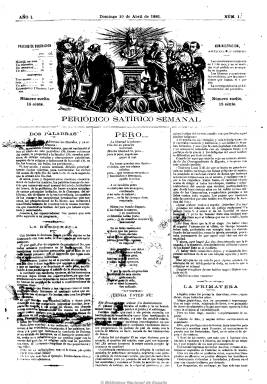
Título: El Motín (Madrid)
Colección: Revistas satíricas y humorísticas || Periódicos
Ámbito geográfico: Madrid
Lugar de publicación: Madrid
Fechas: 10/04/1881-11/09/1926

Aparece con el subtítulo “periódico satírico semanal” el 10 de abril de 1881, al calor de las tímidas medidas liberalizadoras de la prensa a los pocos días de llegar al poder los liberales del Partido Fusionista, convirtiéndose en la revista republicana más importante de la época dorada de la prensa satírica española, así como, junto a Las dominicales del libre pensamiento (1883-1909), de la anticlerical, tal como señala Javier Domingo. En una época de florecimiento de las sociedades masónicas, librepensadoras y laicas, a las que será también afín, criticará la función autoritaria y adormecedora de la propaganda y de las actividades caciquiles eclesiásticas, en palabras de José Álvarez Junco.

Es fundado por el republicano federal y periodista de ideas avanzadas José Nakens (1841-1926), cuyo nombre quedará vinculado al magnicidio de Antonio Cánovas del Castillo (1897) y, especialmente, al atentado de la boda real de 1906. Le acompañan en la fundación el también periodista Juan Vallejo Larrinaga (-1892), que asumirá la dirección en su primera etapa, así como el destacado dibujante y caricaturista Eduardo Sojo (1849-1908), quien, con el seudónimo Demócrito, introducirá la caricatura anticlerical contra el alto y bajo clero y que El motín publicará a doble página y en color en sus entregas de cuatro páginas, al que se suma en esta tarea el también destacado dibujante Eduardo Sáens Hermúa (1859-1898), con el seudónimo Mecachis.

Sus páginas de texto, compuestas generalmente a tres columnas, serán breves artículos, comentarios y noticias, así como algunos versos, en los que, junto a las caricaturas, destacará su “nihilismo furioso” y revolucionario, según Gómez Aparicio, y en palabras de Maria Cruz Seoane un “anticlericalismo de brocha gorda”, como representante por antonomasia de la prensa satírica republicana anticlerical.

En sus páginas colaborará la plana mayor del republicanismo anticlerical madrileño, según María Dolores Sáinz, entre los que se encontró Miguel Sawa (1866-1910), y aunque no fue órgano de partido, defendió la unidad de los republicanos y, especialmente, a Manuel Ruiz Zorrilla, participando Nakens, en 1903, en la fundación del Partido Unión Republicana, del que se separará dos años después.

De carácter popular, y de marcada tendencia anticonservadora, como señala José Antonio Lleva Ruiz, sus lectores procedieron en gran parte del proletariado, llegando a alcanzar en la segunda década del siglo veinte los 20.000 ejemplares. Como editor, Nakens difunde también una colección de novelas a través de la Biblioteca de El Motín, y una serie de folletos bajo el título Biblioteca del Apostolado de la Verdad, así como unas Hojitas piadosas, que alcanzarán hasta los 100.000 ejemplares.

A partir de 1908, El motín modifica su subtítulo, y ahora se autodefine como “semanario político”, aunque siempre lo había sido. Desde 1910 amplía sus entregas hasta las 16 páginas y a partir de 1914 empezará ya a perder la gran influencia que había tenido, a la vez que las caricaturas desaparecen de sus páginas. Todo ello en un momento en que Nakens, que había sufrido múltiples sanciones y arrestos y hasta 47 excomuniones, era ya en exclusiva su único redactor y cae en una indigencia económica personal que será solventada a través de una pensión de la Asociación de la Prensa de Madrid.

El motín, después de 45 años de existencia, publica su último número el seis de noviembre de 1926, en plena dictadura primoriverista, y seis días después fallece Nakens, momento en que desde el periódico católico madrileño El debate se le acusará de haber practicado la calumnia, emparentándolo en esta práctica con la prensa de extrema derecha, mientras que la prensa republicana exaltará al prolífico escritor como último representante de la “generación gloriosa”, y su hija Isabel Nakens continuará su labor editando el periódico Reflejo de El motín.

En la colección de la Biblioteca Nacional de España faltan los años 1907 y 1925-1926 de este semanario. En junio de 2018 se incorpora el ejemplar del 11 de septiembre de 1926 procedente de la colección Comín Colomer.

[Descripción modificada el 25/06/2018]